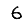
Digit: 6